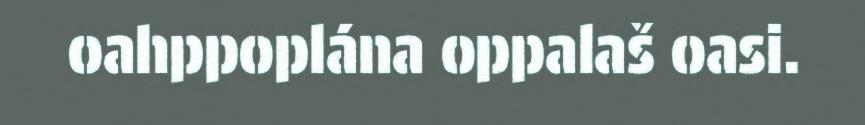
oahppoplána oppalaš oasi.